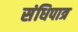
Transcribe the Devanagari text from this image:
संधिपात्र